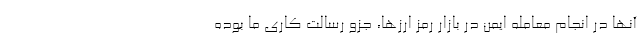
آنها در انجام معامله ایمن در بازار رمز ارزها، جزو رسالت کاری ما بوده